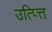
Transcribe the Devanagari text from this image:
उत्प्त्ति